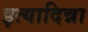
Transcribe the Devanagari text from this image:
इत्यादिन्ना